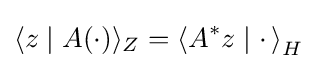
\langle z\mid A(\cdot )\rangle _{Z}=\left\langle A^{*}z\mid \cdot \,\right\rangle _{H}